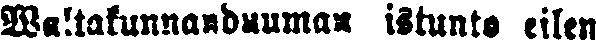
Waltakunnanduuman istunto eilen